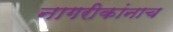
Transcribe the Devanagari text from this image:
नागरीकांनाच